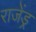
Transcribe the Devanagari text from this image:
राजेंड्र